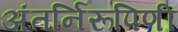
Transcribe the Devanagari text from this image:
अंतर्निरूपिणी